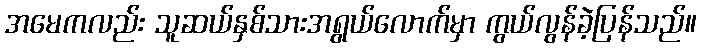
အမေကလည်း သူဆယ်နှစ်သားအရွယ်လောက်မှာ ကွယ်လွန်ခဲ့ပြန်သည်။